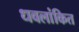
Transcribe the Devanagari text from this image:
धवलांकित